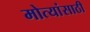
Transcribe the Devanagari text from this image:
मोत्यांसाठी